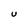
Character: U